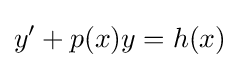
y'+p(x)y=h(x)